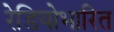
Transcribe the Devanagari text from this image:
रेडियोभारित